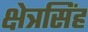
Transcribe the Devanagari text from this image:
क्षेत्रसिंह